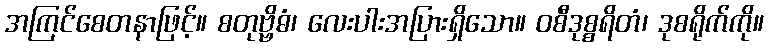
အကြင်စေတနာဖြင့်။ စတုဗ္ဗိဓံ၊ လေးပါးအပြားရှိသော။ ဝစီဒုစ္စရိတံ၊ ဒုစရိုက်ကို။